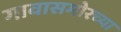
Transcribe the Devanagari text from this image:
गावासमोरच्या